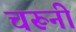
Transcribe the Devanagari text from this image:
चरूनी